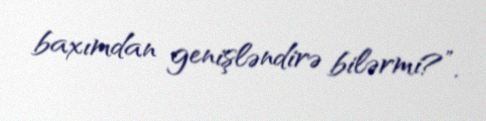
baxımdan genişləndirə bilərmi?”.